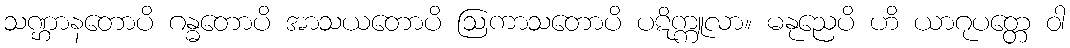
သဏ္ဌာနတောပိ ဂန္ဓတောပိ အာသယတောပိ ဩကာသတောပိ ပဋိက္ကူလာ။ မနုညေပိ ဟိ ယာဂုပတ္တေ ဝါ